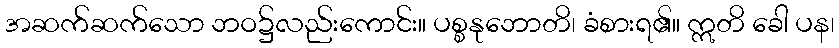
အဆက်ဆက်သော ဘဝ၌လည်းကောင်း။ ပစ္စနုဘောတိ၊ ခံစားရ၏။ ဣတိ ခေါ ပန၊